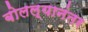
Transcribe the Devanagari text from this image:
बोलल्यानंतर